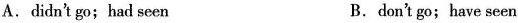
A. didn't go; had seen B.don't go; have seen